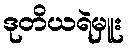
ဒုတိယရဲမှူး